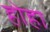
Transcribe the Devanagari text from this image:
होहा